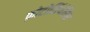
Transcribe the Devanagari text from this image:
फ़ोटोसिंथेसिस